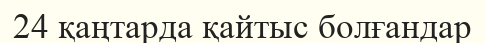
24 қаңтарда қайтыс болғандар